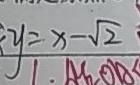
y = x - \sqrt { 2 }